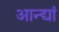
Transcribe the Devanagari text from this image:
आन्द्यां